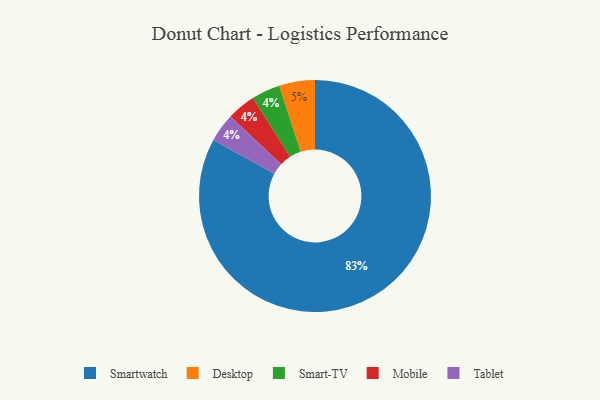
{"axis": {"x": "Category", "y": "Percentage"}, "legend": ["Desktop", "Mobile", "Smart-TV", "Smartwatch", "Tablet"], "data": [{"x": "Desktop", "y": 5, "type": "Desktop"}, {"x": "Smart-TV", "y": 4, "type": "Smart-TV"}, {"x": "Mobile", "y": 4, "type": "Mobile"}, {"x": "Smartwatch", "y": 83, "type": "Smartwatch"}, {"x": "Tablet", "y": 4, "type": "Tablet"}]}